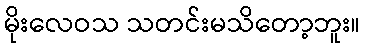
မိုးလေဝသ သတင်းမသိတော့ဘူး။